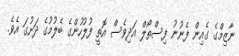
ނާޒިމްގެ ގެއިން ފެނުނު ފިސްތޯލް އަދިވެސް އޮތީ ފުލުހުންގެ ބެލުމުގެ ދަށުގަ އެވެ.